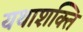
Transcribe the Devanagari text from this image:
यथाशक्ति